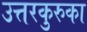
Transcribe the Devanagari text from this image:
उत्तरकुरुका